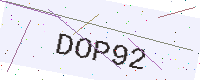
Text: DOP92